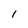
Character: l